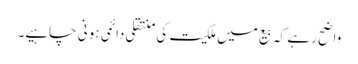
واضح رہے کہ بیع میں ملکیت کی منتقلی دائمی ہو نی چاہیے۔